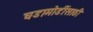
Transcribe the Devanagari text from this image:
घडामोडींसाठी